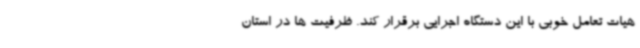
هیات تعامل خوبی با این دستگاه اجرایی برقرار کند. ظرفیت ها در استان